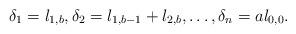
LaTeX: \begin{align*}\delta_1= l_{1,b}, \delta_2= l_{1, b-1}+l_{2,b}, \dots, \delta_n= al_{0,0}.\end{align*}